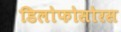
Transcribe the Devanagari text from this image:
डिलोफोसोरस